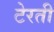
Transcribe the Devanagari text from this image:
टेरती